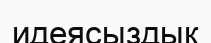
идеясыздық